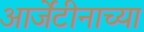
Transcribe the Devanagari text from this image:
आर्जेंटीनाच्या